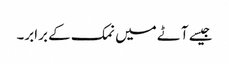
جیسے آٹے میں نمک کے برابر۔